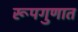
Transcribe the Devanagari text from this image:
रूपगुणात